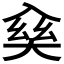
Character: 𠓱